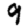
Digit: 9